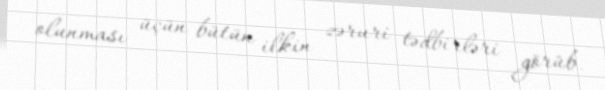
olunması üçün bütün ilkin zəruri tədbirləri görüb.